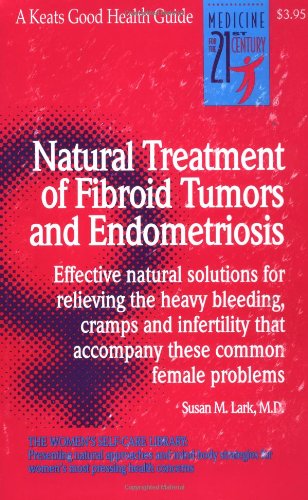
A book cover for Natural Treatment of Fibroid Tumors and Endometriosis; Susan Lark; Health, Fitness & Dieting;